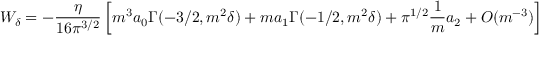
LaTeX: W _ { \delta } = - { \frac { \eta } { 1 6 \pi ^ { 3 / 2 } } } \left[ m ^ { 3 } a _ { 0 } \Gamma ( - 3 / 2 , m ^ { 2 } \delta ) + m a _ { 1 } \Gamma ( - 1 / 2 , m ^ { 2 } \delta ) + \pi ^ { 1 / 2 } { \frac { 1 } { m } } a _ { 2 } + O ( m ^ { - 3 } ) \right] ~ ~ ~ ,